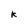
Character: k